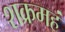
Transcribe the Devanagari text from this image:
शक्रमहं